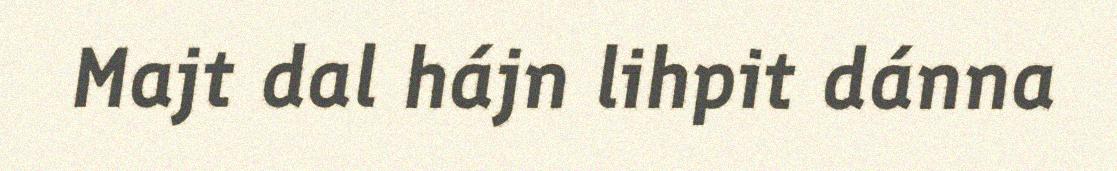
Majt dal hájn lihpit dánna